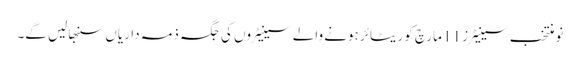
نومنتخب سینیٹرز 11 مارچ کو ریٹائر ہونے والے سینیٹروں کی جگہ ذمہ داریاں سنبھالیں گے۔